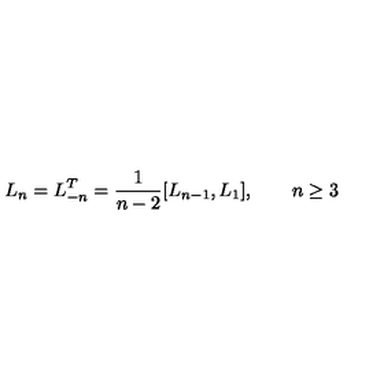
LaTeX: L _ { n } = L _ { - n } ^ { T } = { \frac { 1 } { n - 2 } } [ L _ { n - 1 } , L _ { 1 } ] , \qquad n \ge 3